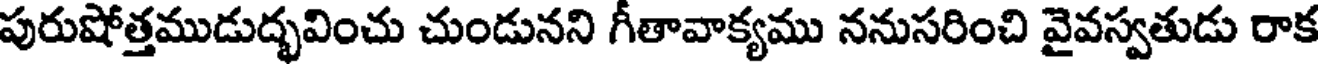
పురుషోత్తముడుద్భవించు చుండునని గీతావాక్యము ననుసరించి వైవస్వతుడు రాక